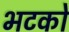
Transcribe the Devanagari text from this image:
भटको